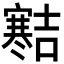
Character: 𪧱